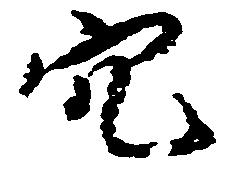
穴